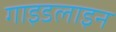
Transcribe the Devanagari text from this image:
गाइडलाइन